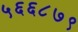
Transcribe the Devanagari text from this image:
५६६८७९